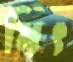
মিৎ